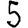
Digit: 5